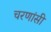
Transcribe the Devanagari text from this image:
चरणांसी